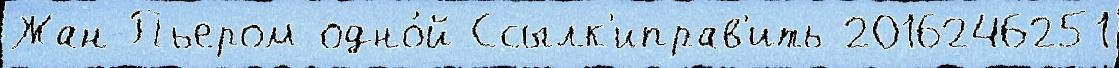
Жан-Пьером одно́й Ссылк'иправ'ить 2016246251